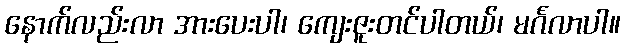
နောက်လည်းလာ အားပေးပါ၊ ကျေးဇူးတင်ပါတယ်၊ မင်္ဂလာပါ။